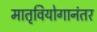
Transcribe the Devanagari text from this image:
मातृवियोगानंतर